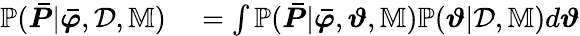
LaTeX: \begin{array}{rl}{\mathbb{P}(\boldsymbol{\bar{P}}|\boldsymbol{\bar{\varphi}},\mathcal{D},\mathbb{M})}&{{}=\int\mathbb{P}(\boldsymbol{\bar{P}}|\boldsymbol{\bar{\varphi}},\boldsymbol{\vartheta},\mathbb{M})\mathbb{P}(\boldsymbol{\vartheta}|\mathcal{D},\mathbb{M})d\boldsymbol{\vartheta}}\end{array}